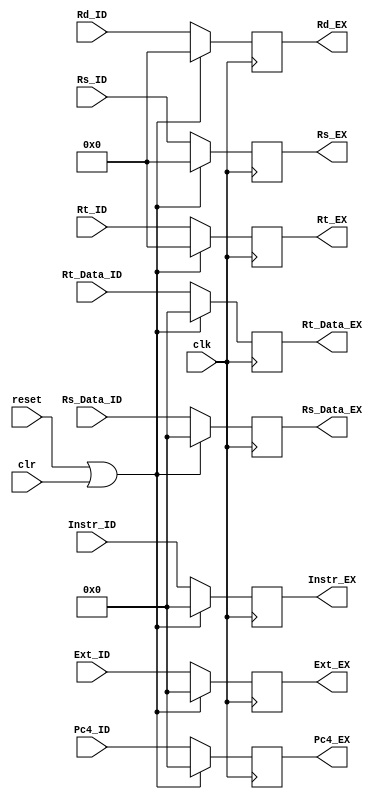
`timescale 1ns / 1ps
module _ID_EX(
    input clk,
    input clr,
    input reset,
    input [31:0] Instr_ID,
    input [31:0] Pc4_ID,
    input [31:0] Rs_Data_ID,
    input [31:0] Rt_Data_ID,
    input [31:0] Ext_ID,
    input [4:0] Rs_ID,
    input [4:0] Rt_ID,
    input [4:0] Rd_ID,
    output reg [31:0] Instr_EX,
    output reg [31:0] Pc4_EX,
    output reg [31:0] Rs_Data_EX,
    output reg [31:0] Rt_Data_EX,
    output reg [31:0] Ext_EX,
    output reg [4:0] Rs_EX,
    output reg [4:0] Rt_EX,
    output reg [4:0] Rd_EX
);

    always @(posedge clk) begin
        if (reset == 1'b1 || clr == 1'b1) begin
            Instr_EX <= 0;
            Pc4_EX <= 0;
            Rs_Data_EX <= 0;
            Rt_Data_EX <= 0;
            Ext_EX <= 0;
            Rs_EX <= 0;
            Rt_EX <= 0;
            Rd_EX <= 0;
        end
        else begin
            Instr_EX <= Instr_ID;
            Pc4_EX <= Pc4_ID;
            Rs_Data_EX <= Rs_Data_ID;
            Rt_Data_EX <= Rt_Data_ID;
            Ext_EX <= Ext_ID;
            Rs_EX <= Rs_ID;
            Rt_EX <= Rt_ID;
            Rd_EX <= Rd_ID;
        end
    end
endmodule //ID_EX